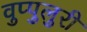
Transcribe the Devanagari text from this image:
वुप्पुलुरी